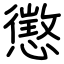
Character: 懲